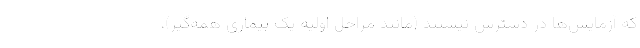
که آزمایش‌ها در دسترس نیستند (مانند مراحل اولیه یک بیماری همه‌گیر)،